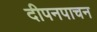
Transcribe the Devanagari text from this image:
दीपनपाचन